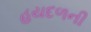
હયદળની